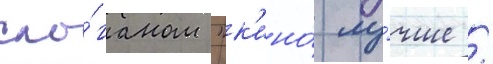
сло́ганом "к'ино́ лу́чше /